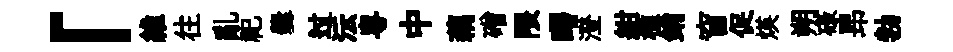
「維往亂祀爨过沄粤中藕磳隈曙澄紺槛銷窅促煐朔碌昻勃